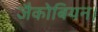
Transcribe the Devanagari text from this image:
जैकोबियन।